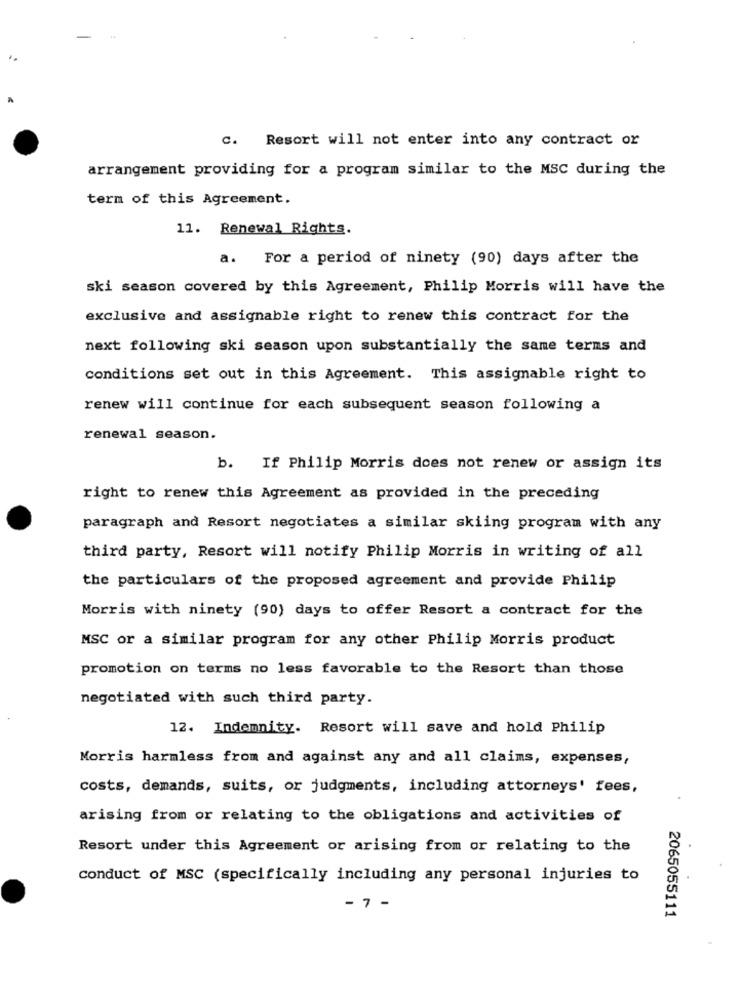
C. Resort will not enter into any contract or
arrangement providing for a program similar to the MSC during the
term of this Agreement.
11. Renewal Rights.
a.
For a period of ninety (90) days after the
ski season covered by this Agreement, Philip Morris will have the
exclusive and assignable right to renew this contract for the
next following ski season upon substantially the same terms and
conditions set out in this Agreement. This assignable right to
renew will continue for each subsequent season following a
renewal season.
b. If Philip Morris does not renew or assign its
right to renew this Agreement as provided in the preceding
paragraph and Resort negotiates a similar skiing program with any
third party, Resort will notify Philip Morris in writing of all
the particulars of the proposed agreement and provide Philip
Morris with ninety (90) days to offer Resort a contract for the
MSC or a similar program for any other Philip Morris product
promotion on terms no less favorable to the Resort than those
negotiated with such third party.
12. Indemnity. Resort will save and hold Philip
Morris harmless from and against any and all claims, expenses,
costs, demands, suits, or judgments, including attorneys' fees,
arising from or relating to the obligations and activities of
Resort under this Agreement or arising from or relating to the
conduct of MSC (specifically including any personal injuries to
- 7 -
2065055111